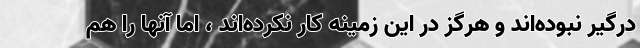
درگیر نبوده‌اند و هرگز در این زمینه کار نکرده‌اند ، اما آنها را هم